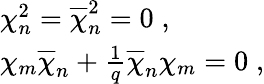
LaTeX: \begin{array}{l}{{\chi_{n}^{2}=\overline{{{\chi}}}_{n}^{2}=0\; ,}}\\ {{\chi_{m}\overline{{{\chi}}}_{n}+{\frac{1}{q}}\overline{{{\chi}}}_{n}\chi_{m}=0\; ,}}\end{array}